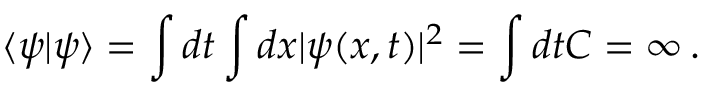
\langle \psi \vert \psi \rangle = \int d t \int d x \vert \psi ( x , t ) \vert ^ { 2 } = \int d t C = \infty \, .